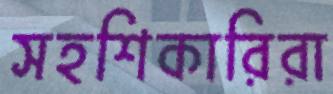
সহশিকারিরা